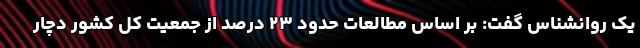
یک روانشناس گفت: بر اساس مطالعات حدود ۲۳ درصد از جمعیت کل کشور دچار